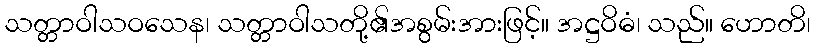
သတ္တာဝါသဝသေန၊ သတ္တာဝါသတို့၏အစွမ်းအားဖြင့်။ အဋ္ဌဝိဓံ၊ သည်။ ဟောတိ၊